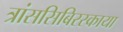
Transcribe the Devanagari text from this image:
त्रांससिबिरस्काया